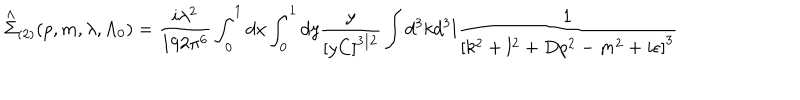
\stackrel { \wedge } { \Sigma } _ { ( 2 ) } ( p , m , \lambda , \Lambda _ { 0 } ) = \frac { i \lambda ^ { 2 } } { 1 9 2 \pi ^ { 6 } } \int _ { 0 } ^ { 1 } d x \int _ { 0 } ^ { 1 } d y \frac y { \left[ y C \right] ^ { 3 / 2 } } \int d ^ { 3 } k d ^ { 3 } l \frac 1 { \left[ k ^ { 2 } + l ^ { 2 } + D p ^ { 2 } - m ^ { 2 } + i \epsilon \right] ^ { 3 } }